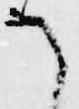
て